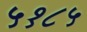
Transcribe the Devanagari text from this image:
५१८५